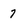
Character: 7